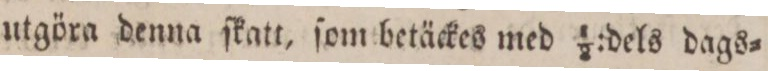
utgöra denna ſkatt, ſom betäckes med 1/2:dels dags=